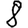
Digit: 8